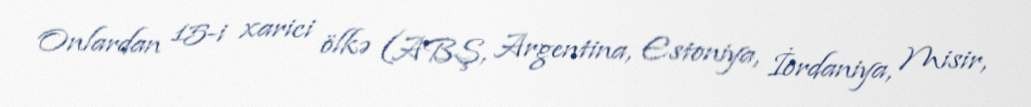
Onlardan 15-i xarici ölkə (ABŞ, Argentina, Estoniya, İordaniya, Misir,